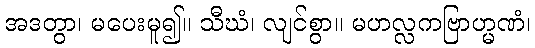
အဒတွာ၊ မပေးမူ၍။ သီဃံ၊ လျင်စွာ။ မဟလ္လကဗြာဟ္မဏံ၊